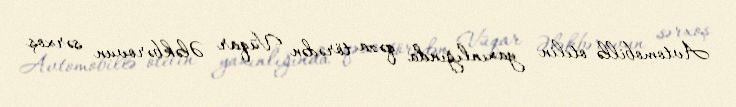
Avtomobillə otelin yaxınlığında qəza törədən Vüqar Ələkbərovun sərxoş